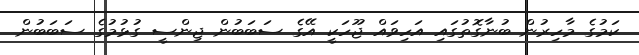
ކަމުގެ މާހިރުން ބުނާގޮތުގައި އަހިވައް ޖޫހަކީ އޭގެ ސަބަބުން ޖިންސީ ގުޅުމުގެ ސަބަބުން